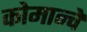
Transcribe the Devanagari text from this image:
कोमान्चे